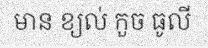
មាន ខ្យល់ កួច ធូលី